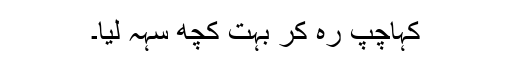
کہاچپ رہ کر بہت کچھ سہہ لیا۔